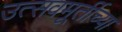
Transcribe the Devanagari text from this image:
उत्सवमूर्तीच्या